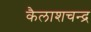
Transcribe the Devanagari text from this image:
कैलाशचन्द्र